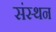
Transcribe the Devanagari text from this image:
संस्थन